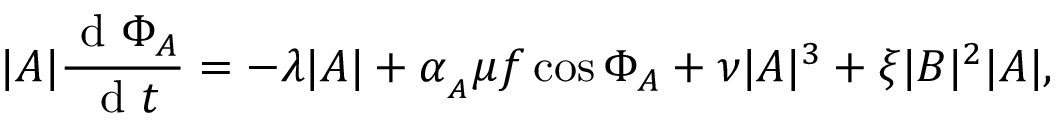
| A | \frac { \mathrm { ~ d ~ } \Phi _ { A } } { \mathrm { ~ d ~ } t } = - \lambda | A | + \alpha _ { _ A } \mu f \cos { \Phi _ { A } } + \nu | A | ^ { 3 } + \xi | B | ^ { 2 } | A | ,